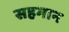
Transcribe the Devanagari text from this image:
सहमान